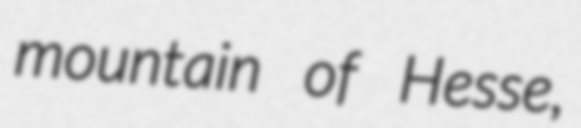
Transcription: mountain of Hesse,